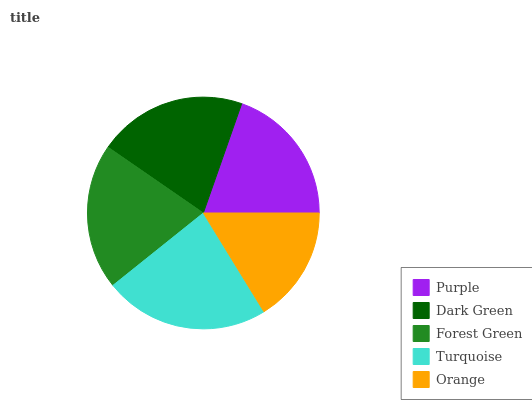
| Purple | Dark Green | Forest Green | Turquoise | Orange |
 | --- | --- | --- | --- | --- |
 | 19.6% | 20.7% | 20.4% | 23.1% | 16.2% |